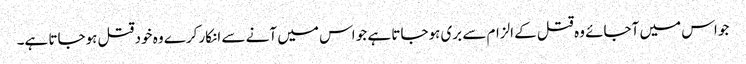
جو اس میں آجائے وہ قتل کے الزام سے بری ہوجاتا ہے جو اس میں آنے سے انکار کرے وہ خود قتل ہوجاتا ہے۔